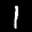
Label: 1